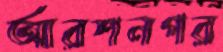
আরশনগর